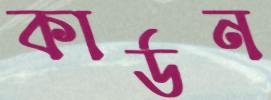
কার্ডন